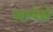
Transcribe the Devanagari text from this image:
जानेसे